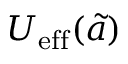
U _ { \mathrm { e f f } } ( { \tilde { a } } )